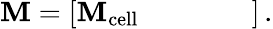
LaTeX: \mathbf{M}=\left[\begin{array}{lllll}{\mathbf{M}_{\mathrm{cell}}}&{}&{}&{}&{}\end{array}\right]\, .